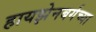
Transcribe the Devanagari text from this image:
हायझेनबर्गच्या